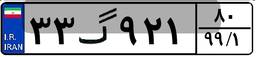
۳۳گ۹۲۱۸۰